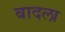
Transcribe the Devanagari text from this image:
बादला